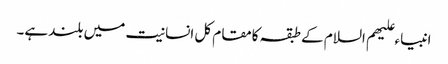
انبیاء علیھم السلام کے طبقہ کامقام کل انسانیت میں بلندہے۔